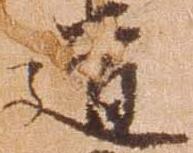
道